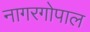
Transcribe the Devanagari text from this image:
नागरगोपाल